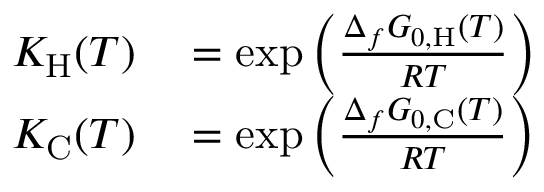
\begin{array} { r l } { K _ { \mathrm { H } } ( T ) } & { { } = \exp \left( \frac { \Delta _ { f } G _ { 0 , \mathrm { H } } ( T ) } { R T } \right) } \\ { K _ { \mathrm { C } } ( T ) } & { { } = \exp \left( \frac { \Delta _ { f } G _ { 0 , \mathrm { C } } ( T ) } { R T } \right) } \end{array}